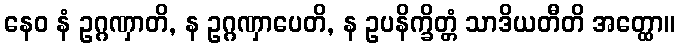
နေဝ နံ ဥဂ္ဂဏှာတိ, န ဥဂ္ဂဏှာပေတိ, န ဥပနိက္ခိတ္တံ သာဒိယတီတိ အတ္ထော။